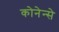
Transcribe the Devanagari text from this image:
कोनेन्से